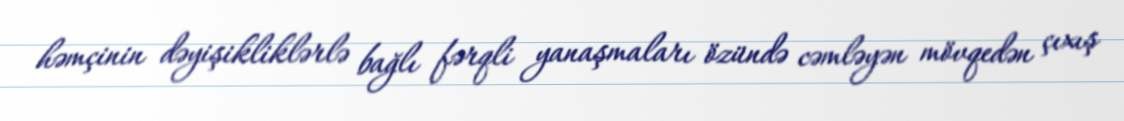
həmçinin dəyişikliklərlə bağlı fərqli yanaşmaları özündə cəmləyən mövqedən çıxış